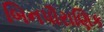
બિનપૌરાણિક